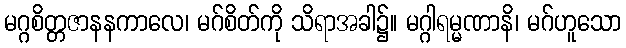
မဂ္ဂစိတ္တဇာနနကာလေ၊ မဂ်စိတ်ကို သိရာအခါ၌။ မဂ္ဂါရမ္မဏာနိ၊ မဂ်ဟူသော